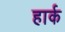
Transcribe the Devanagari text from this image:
हार्क